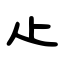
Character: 龰